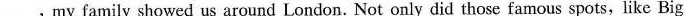
___,my family showed us around London. Not only did those famous spots, like Big